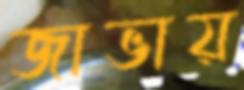
জাভায়